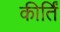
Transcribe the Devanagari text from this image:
कीर्तिं